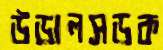
উড়ালসড়ক